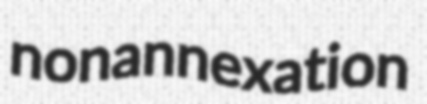
nonannexation